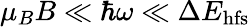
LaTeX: \mu_{B}B\ll\hbar\omega\ll\Delta E_{\mathrm{hfs}}